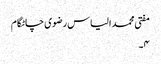
مفتی محمد الیاس رضوی چاٹگام
۴۔